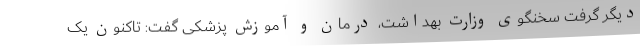
دیگر گرفت سخنگوی وزارت بهداشت، درمان و آموزش پزشکی گفت: تاکنون یک